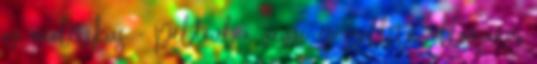
az analitikus - például a vevői és szállítói állomány